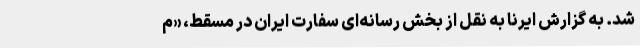
شد. به گزارش ایرنا به نقل از بخش رسانه‌ای سفارت ایران در مسقط، «م